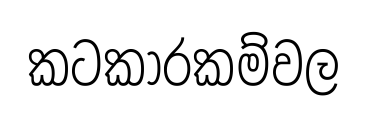
කටකාරකම්වල